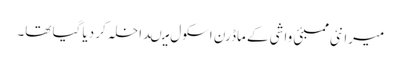
میرا نئی ممبئی واشی کے ماڈرن اسکول میںداخلہ کر دیا گیا تھا۔